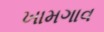
ખામગાવ